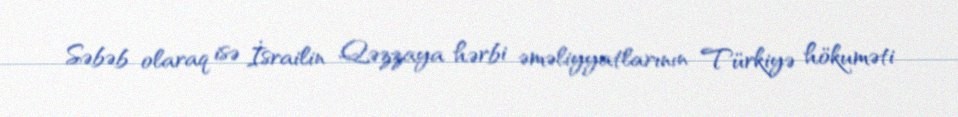
Səbəb olaraq isə İsrailin Qəzzaya hərbi əməliyyatlarının Türkiyə hökuməti